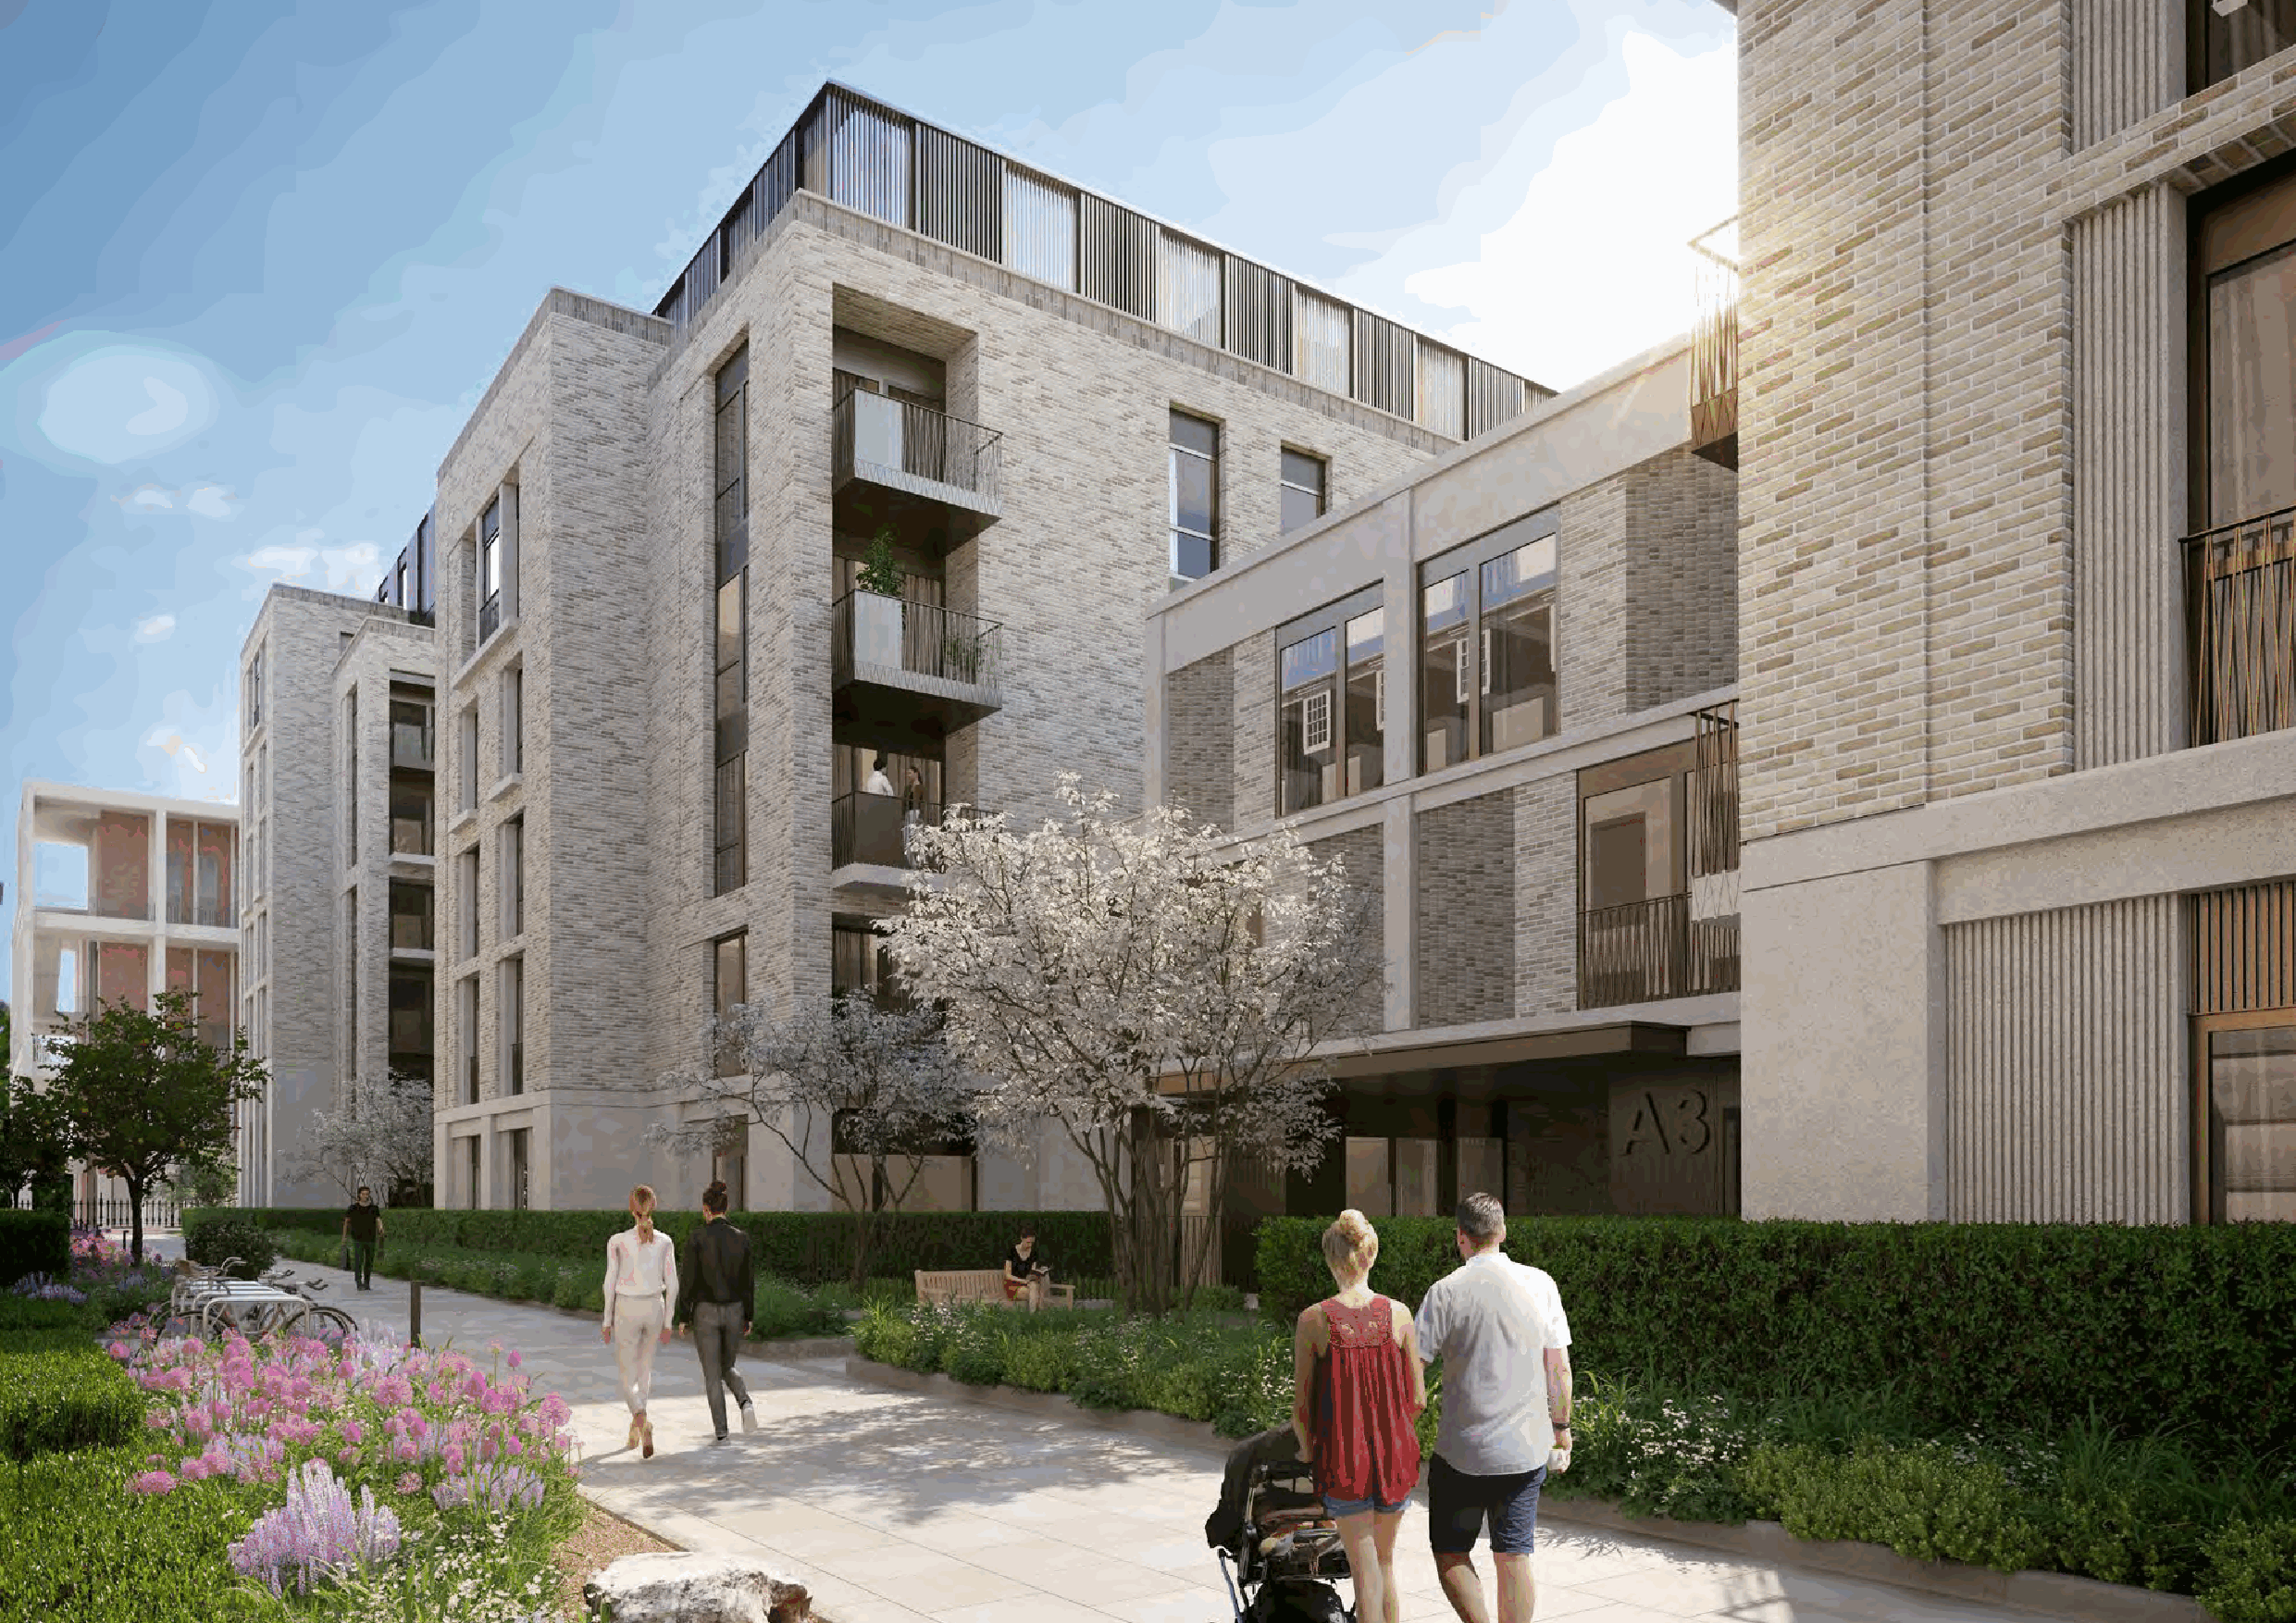
Fig. 182 XXXXXXXXXXXXXXX
 Former Surrey County Hall, Kingston Design and Access Statement                                                                          101